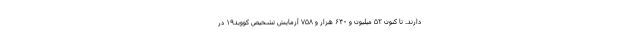
دارند. تا کنون ۵۲ میلیون و ۶۴۰ هزار و ۷۵۸ آزمایش تشخیص کووید۱۹ در